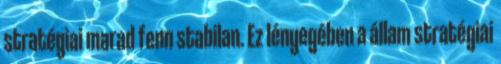
stratégiai marad fenn stabilan. Ez lényegében a állam stratégiai